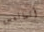
أتمانعين